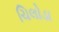
ચિલોડા